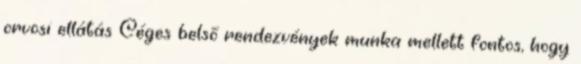
orvosi ellátás Céges belső rendezvények munka mellett fontos, hogy